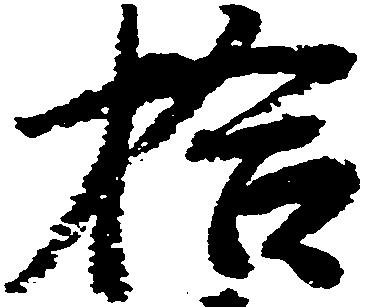
拾